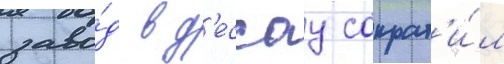
заво́д в д'ессау сократ'и́л